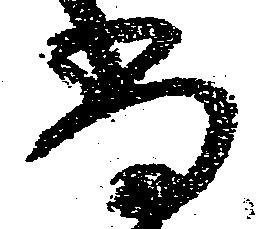
尚